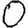
Digit: 0